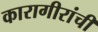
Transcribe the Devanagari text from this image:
कारागीरांची